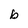
Character: b